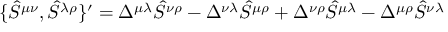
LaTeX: \{ \hat { S } ^ { \mu \nu } , \hat { S } ^ { \lambda \rho } \} ^ { \prime } = \Delta ^ { \mu \lambda } \hat { S } ^ { \nu \rho } - \Delta ^ { \nu \lambda } \hat { S } ^ { \mu \rho } + \Delta ^ { \nu \rho } \hat { S } ^ { \mu \lambda } - \Delta ^ { \mu \rho } \hat { S } ^ { \nu \lambda }